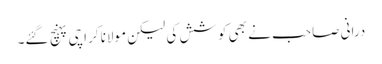
درانی صاحب نے بھی کوشش کی لیکن مولانا کراچی پہنچ گئے۔